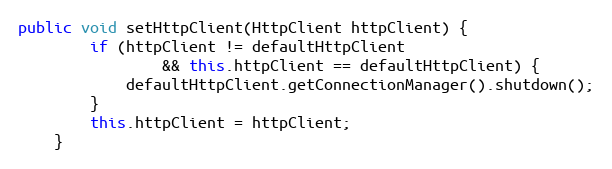
Language: Java
public void setHttpClient(HttpClient httpClient) {
        if (httpClient != defaultHttpClient
                && this.httpClient == defaultHttpClient) {
            defaultHttpClient.getConnectionManager().shutdown();
        }
        this.httpClient = httpClient;
    }